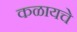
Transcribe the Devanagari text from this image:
कळायचे